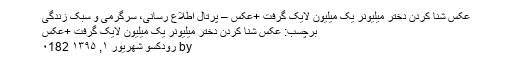
عکس شنا کردن دختر میلیونر یک میلیون لایک گرفت +عکس – پرتال اطلاع رسانی، سرگرمی و سبک زندگی
برچسب: عکس شنا کردن دختر میلیونر یک میلیون لایک گرفت +عکس
by رودکسو شهریور ۱, ۱۳۹۵ ۰182